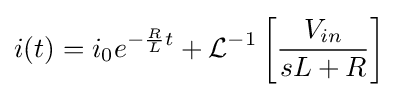
i(t)=i_{0}e^{-{\frac {R}{L}}t}+{\mathcal {L}}^{-1}\left[{\frac {V_{in}}{sL+R}}\right]